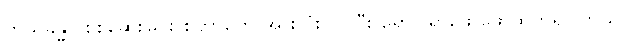
ကိုယ်ခန္ဓာ စစ်ဆေးခြင်း စတာတွေ အားလုံးလုပ်ပြီး ရောဂါရှာဖွေ ဖော်ထုတ်ရပါတယ်။